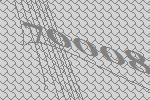
70008